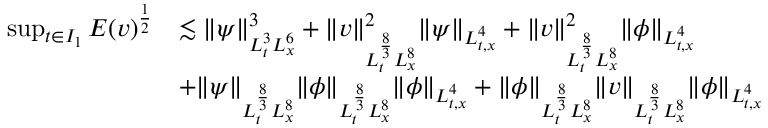
\begin{array} { r l } { \operatorname* { s u p } _ { t \in I _ { 1 } } E ( v ) ^ { \frac { 1 } { 2 } } } & { \lesssim \| \psi \| _ { L _ { t } ^ { 3 } L _ { x } ^ { 6 } } ^ { 3 } + \| v \| _ { L _ { t } ^ { \frac { 8 } { 3 } } L _ { x } ^ { 8 } } ^ { 2 } \| \psi \| _ { L _ { t , x } ^ { 4 } } + \| v \| _ { L _ { t } ^ { \frac { 8 } { 3 } } L _ { x } ^ { 8 } } ^ { 2 } \| \phi \| _ { L _ { t , x } ^ { 4 } } } \\ & { + \| \psi \| _ { L _ { t } ^ { \frac { 8 } { 3 } } L _ { x } ^ { 8 } } \| \phi \| _ { L _ { t } ^ { \frac { 8 } { 3 } } L _ { x } ^ { 8 } } \| \phi \| _ { L _ { t , x } ^ { 4 } } + \| \phi \| _ { L _ { t } ^ { \frac { 8 } { 3 } } L _ { x } ^ { 8 } } \| v \| _ { L _ { t } ^ { \frac { 8 } { 3 } } L _ { x } ^ { 8 } } \| \phi \| _ { L _ { t , x } ^ { 4 } } } \end{array}